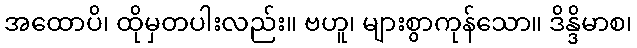
အထောပိ၊ ထိုမှတပါးလည်း။ ဗဟူ၊ များစွာကုန်သော။ ဒိန္ဒိမာစ၊